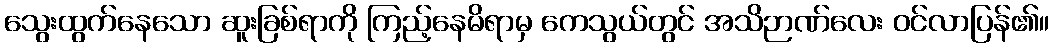
သွေးထွက်နေသော ဆူးခြစ်ရာကို ကြည့်နေမိရာမှ ကေသွယ်တွင် အသိဉာဏ်လေး ဝင်လာပြန်၏။